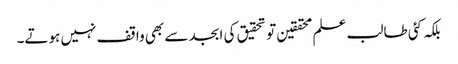
بلکہ کئی طالب علم محققین تو تحقیق کی ابجد سے بھی واقف نہیں ہوتے۔